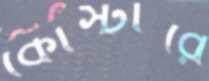
কোস্টারে